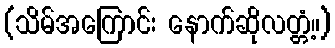
(သိမ်အကြောင်း နောက်ဆိုလတ္တံ့။)